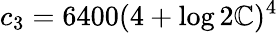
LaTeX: c_{3}=6400(4+\log2\mathbb{C})^{4}